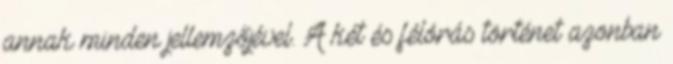
annak minden jellemzőjével. A két és félórás történet azonban